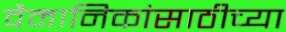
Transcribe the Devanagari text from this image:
वैमानिकांसाठीच्या